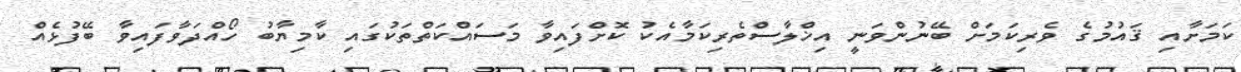
ކަމަށާއި ޤައުމުގެ ވެރިކަމަށް ބޭނުންވަނީ އިޚްލާސްތެރިކަމާއެކު ކޮށްފައިވާ މަސައްކަތްތަކުގައި ކާމިޔާބު ހޯއްދަވާފައިވާ ބޭފުޅެއް